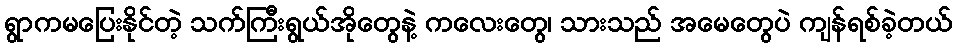
ရွာကမပြေးနိုင်တဲ့ သက်ကြီးရွယ်အိုတွေနဲ့ ကလေးတွေ၊ သားသည် အမေတွေပဲ ကျန်ရစ်ခဲ့တယ်